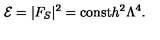
{ \cal E } = | F _ { S } | ^ { 2 } = \mathrm { c o n s t } h ^ { 2 } \Lambda ^ { 4 } .